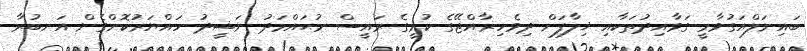
ބައިނަލްއަގުވާމީ ގަވާއިދުތަކާއި ޚިލާފަށް ދިވެހިޜާއްޖޭގެ ކުރީގެ ރައީސް މުޙައްމަދު ނަޝީދު ހައްޔަރުކޮށްގެން އަނބުރާ